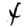
Digit: 4